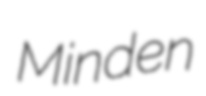
Minden